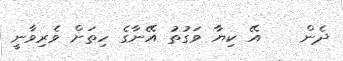
ދެން    އޭ ކިޔާ ވަގުތު އޭނާގެ ހިތަށް ވެރިވާނީ